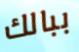
ببالك